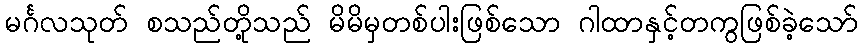
မင်္ဂလသုတ် စသည်တို့သည် မိမိမှတစ်ပါးဖြစ်သော ဂါထာနှင့်တကွဖြစ်ခဲ့သော်